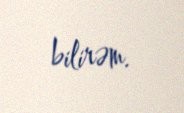
bilirəm.